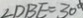
\angle D B E = 3 0 ^ { \circ }